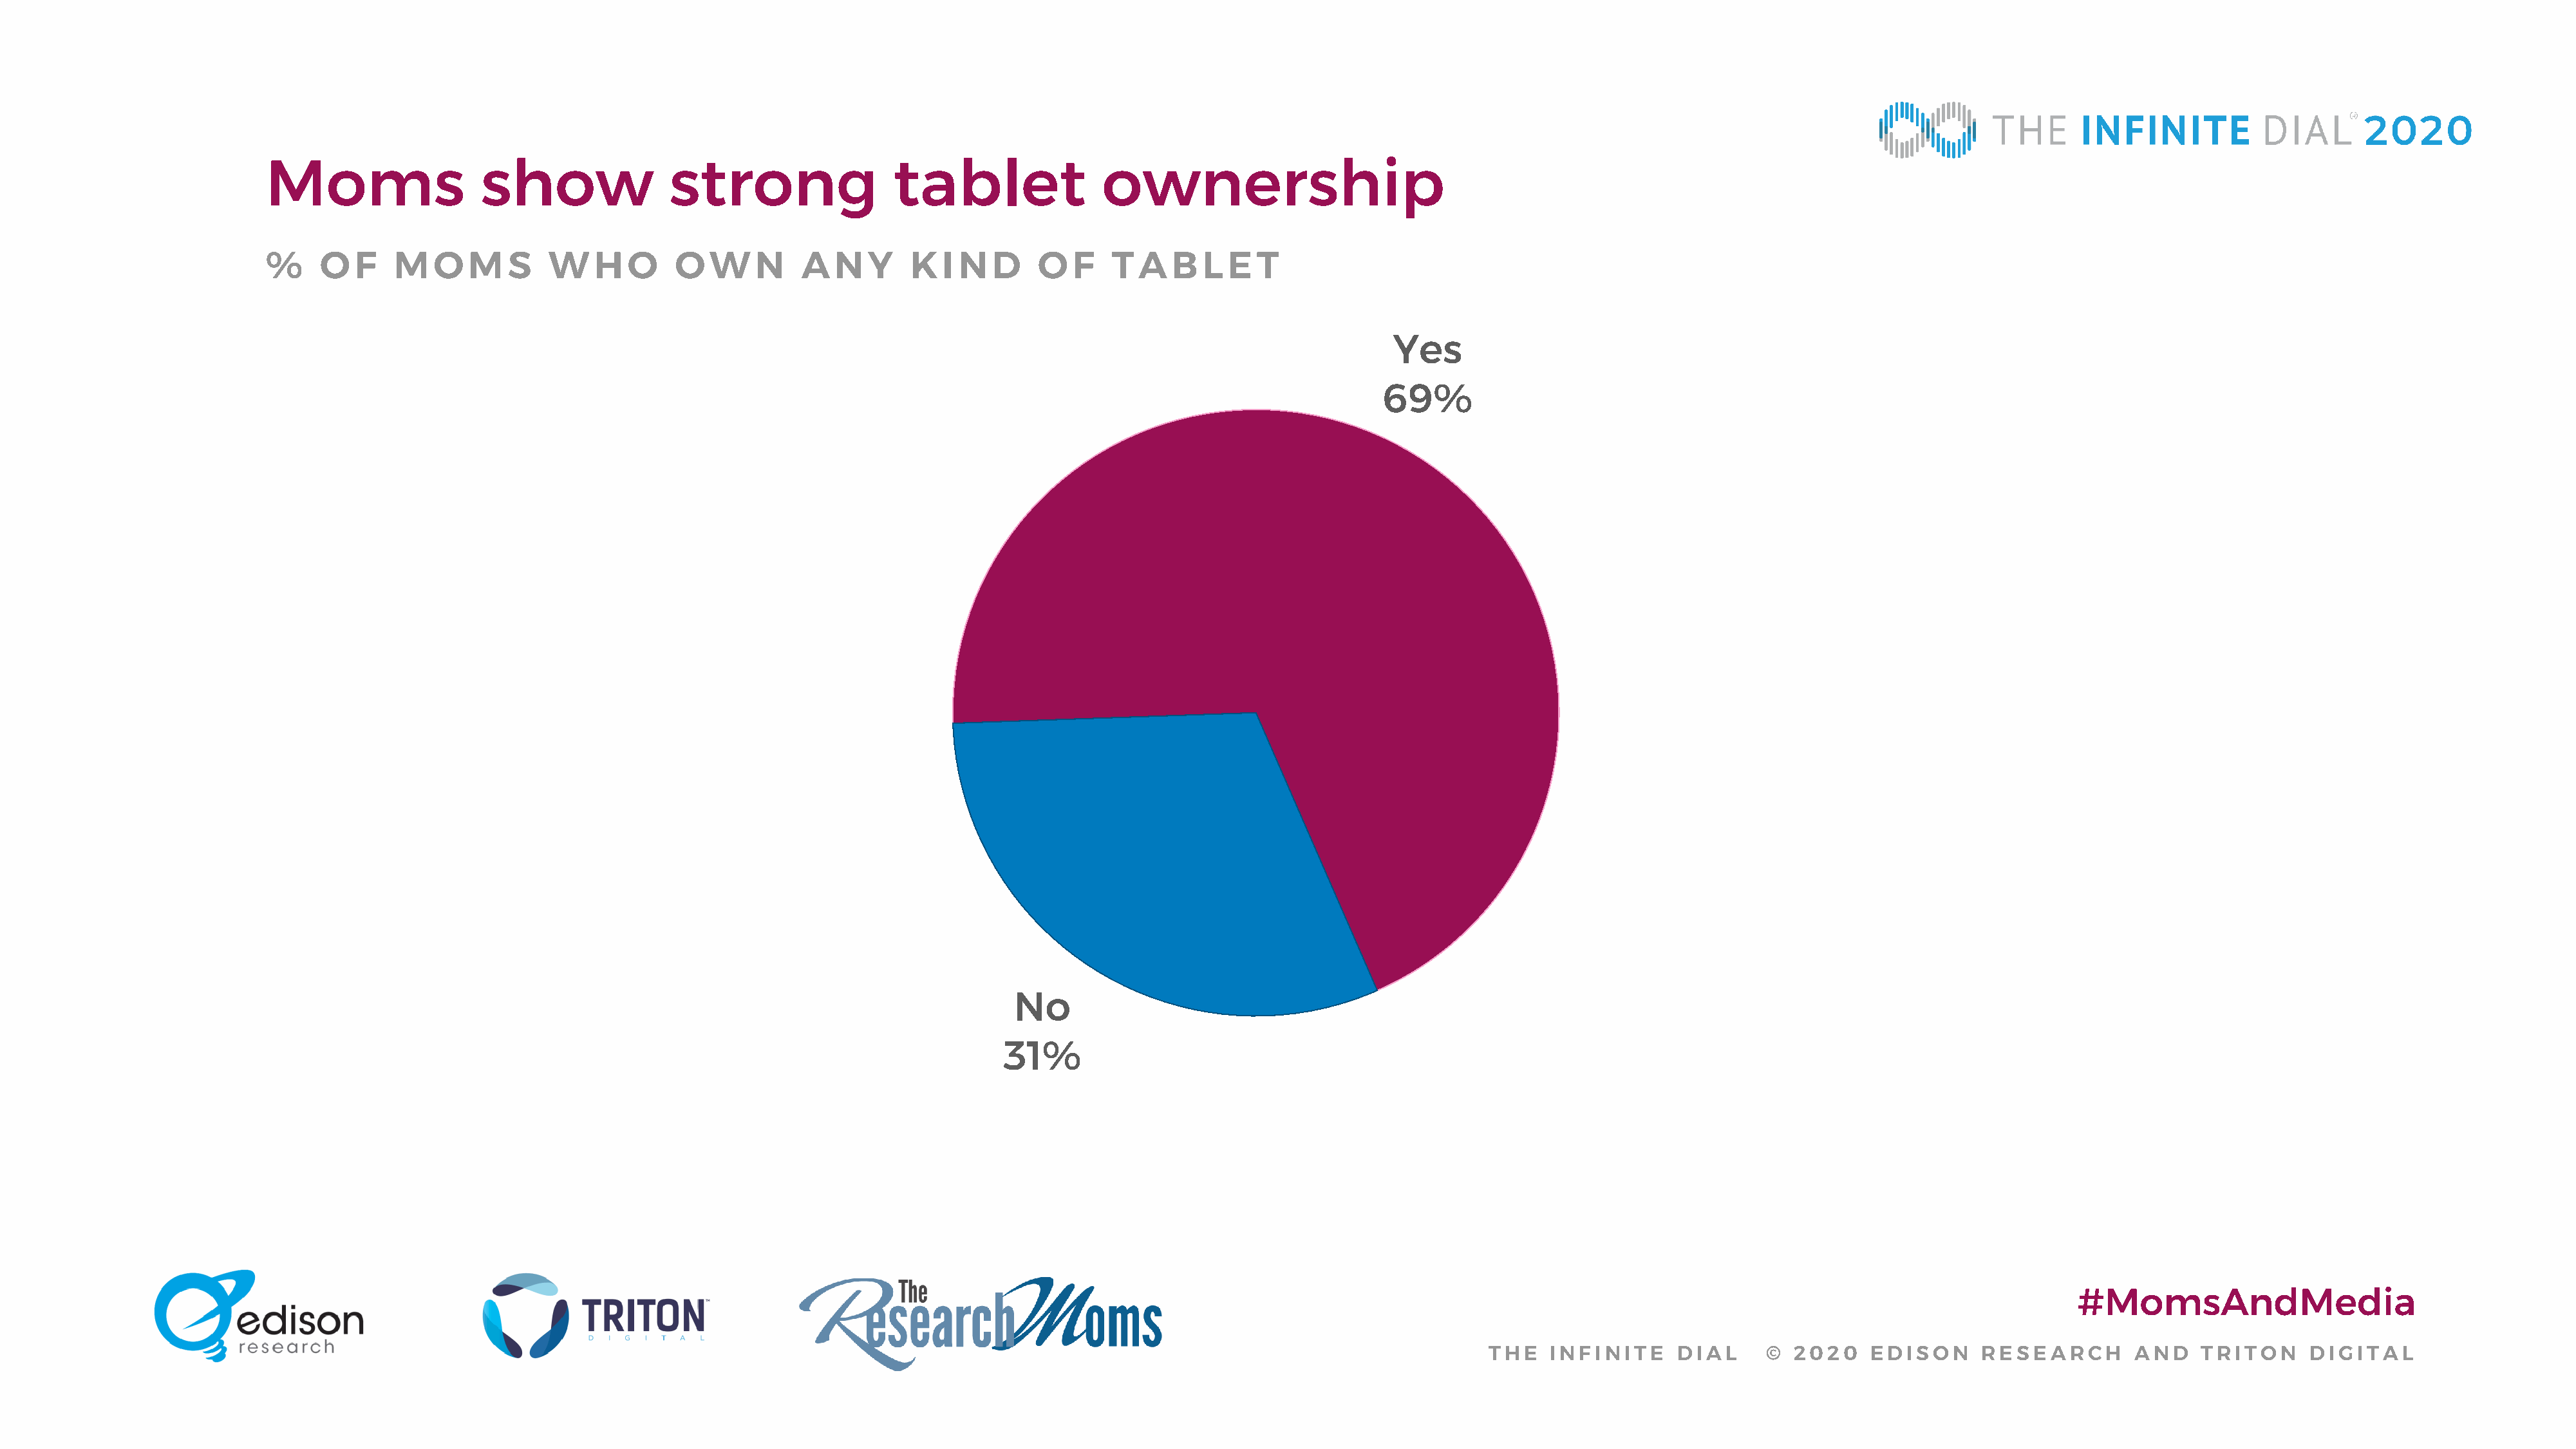
Moms                  show                strong                 tablet               ownership
 %     O  F   M    O  M   S   W    H   O   O   W    N   A   N  Y    K  I N  D    O  F   T  A  B   L E  T
 Yes
 69%
 No
 31%
 #MomsAndMedia
 THE   INFINITE     DIAL      © 2020    EDISON      RESEARCH       AND    TRITON     DIGITAL